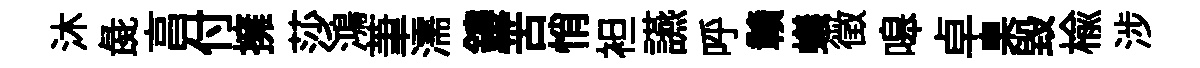
沐彘亯付擁莎鴻茟濡鏤苦悄袒讌呼贛蟻徵嗥卓臬毁楡涉